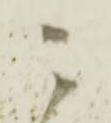
ニ